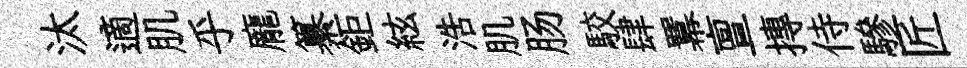
汰適肌乎龐纂鉅絃浩肌肠駮肆羃亶摶侍驂匠